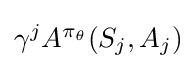
{\textstyle \gamma ^{j}A^{\pi _{\theta }}(S_{j},A_{j})}